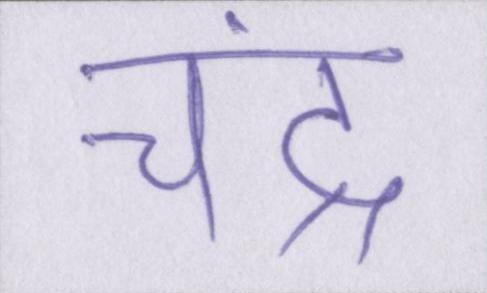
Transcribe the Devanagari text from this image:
चंद्र